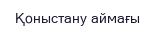
Қоныстану аймағы